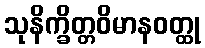
သုနိက္ခိတ္တဝိမာနဝတ္ထု